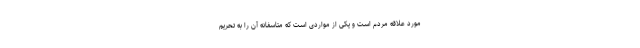
مورد علاقه مردم است و یکی از مواردی است که متاسفانه آن را به تحریم